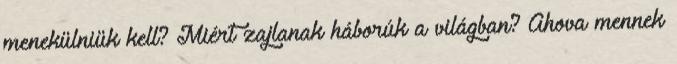
menekülniük kell? Miért zajlanak háborúk a világban? Ahova mennek